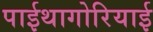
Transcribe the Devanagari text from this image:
पाईथागोरियाई